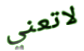
لاتعني